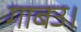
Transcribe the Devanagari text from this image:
गाबउ।